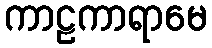
ကာဠကာရာမေ